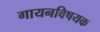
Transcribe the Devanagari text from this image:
गायनविषयक